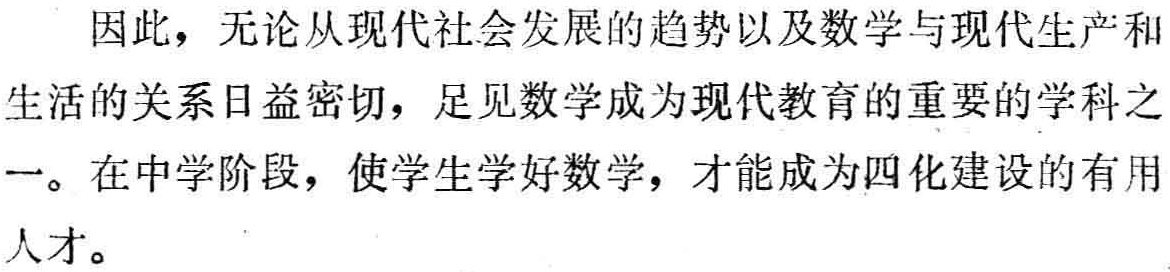
因此，无论从现代社会发展的趋势以及数学与现代生产和生活的关系日益密切，足见数学成为现代教育的重要的学科之一。在中学阶段，使学生学好数学，才能成为四化建设的有用人才。